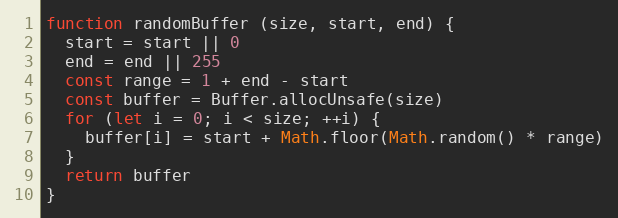
Language: JavaScript
function randomBuffer (size, start, end) {
  start = start || 0
  end = end || 255
  const range = 1 + end - start
  const buffer = Buffer.allocUnsafe(size)
  for (let i = 0; i < size; ++i) {
    buffer[i] = start + Math.floor(Math.random() * range)
  }
  return buffer
}